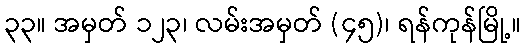
၃၃။ အမှတ် ၁၂၃၊ လမ်းအမှတ် (၄၅)၊ ရန်ကုန်မြို့။